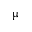
\upmu